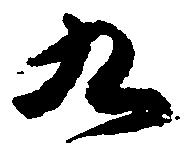
九